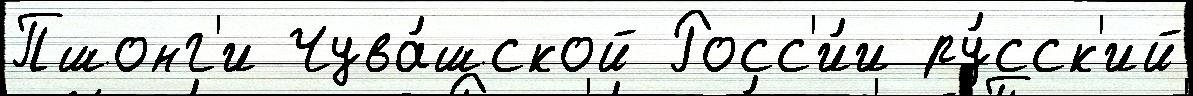
Пшонг'и Чува́шской Росс'и́и ру́сск'ий